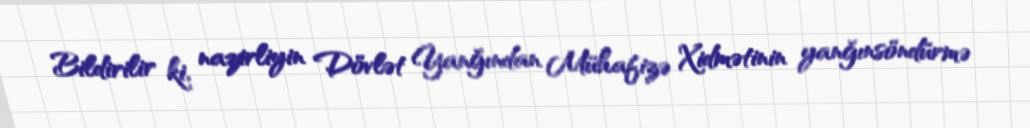
Bildirilir ki, nazirliyin Dövlət Yanğından Mühafizə Xidmətinin yanğınsöndürmə